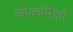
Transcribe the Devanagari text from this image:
लोकांपेक्षा